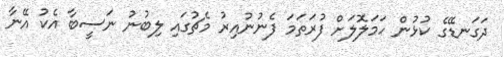
ދަގަނޑޭގެ ކުޅުން ހަމަލޮލަށް ފުރަތަމަ ފެނުނުއިރު މެޗުގައި ލިބުނު ނަސީބާ އެކު އޭނާ